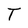
Character: T